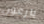
بارعون